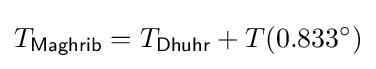
T_{\mathsf {Maghrib}}=T_{\mathsf {Dhuhr}}+T(0.833^{\circ })